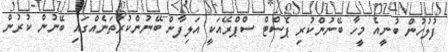
ފުލުހުން ބުނީއެ މީހާ ބޭނުންކުރި ޕެސްޓް ސްޕްރޭއަކީ އަލިފާން ބޭނުންކުރާތަނެއްގައި ބޭނުން ކުރުން